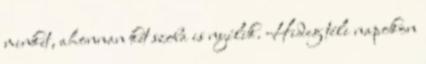
minket, ahonnan két szoba is nyílik. Hideg téli napokon